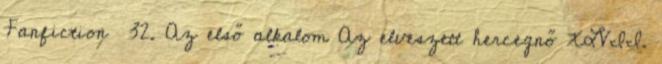
Fanfiction 32. Az első alkalom Az elveszett hercegnő XLVII.